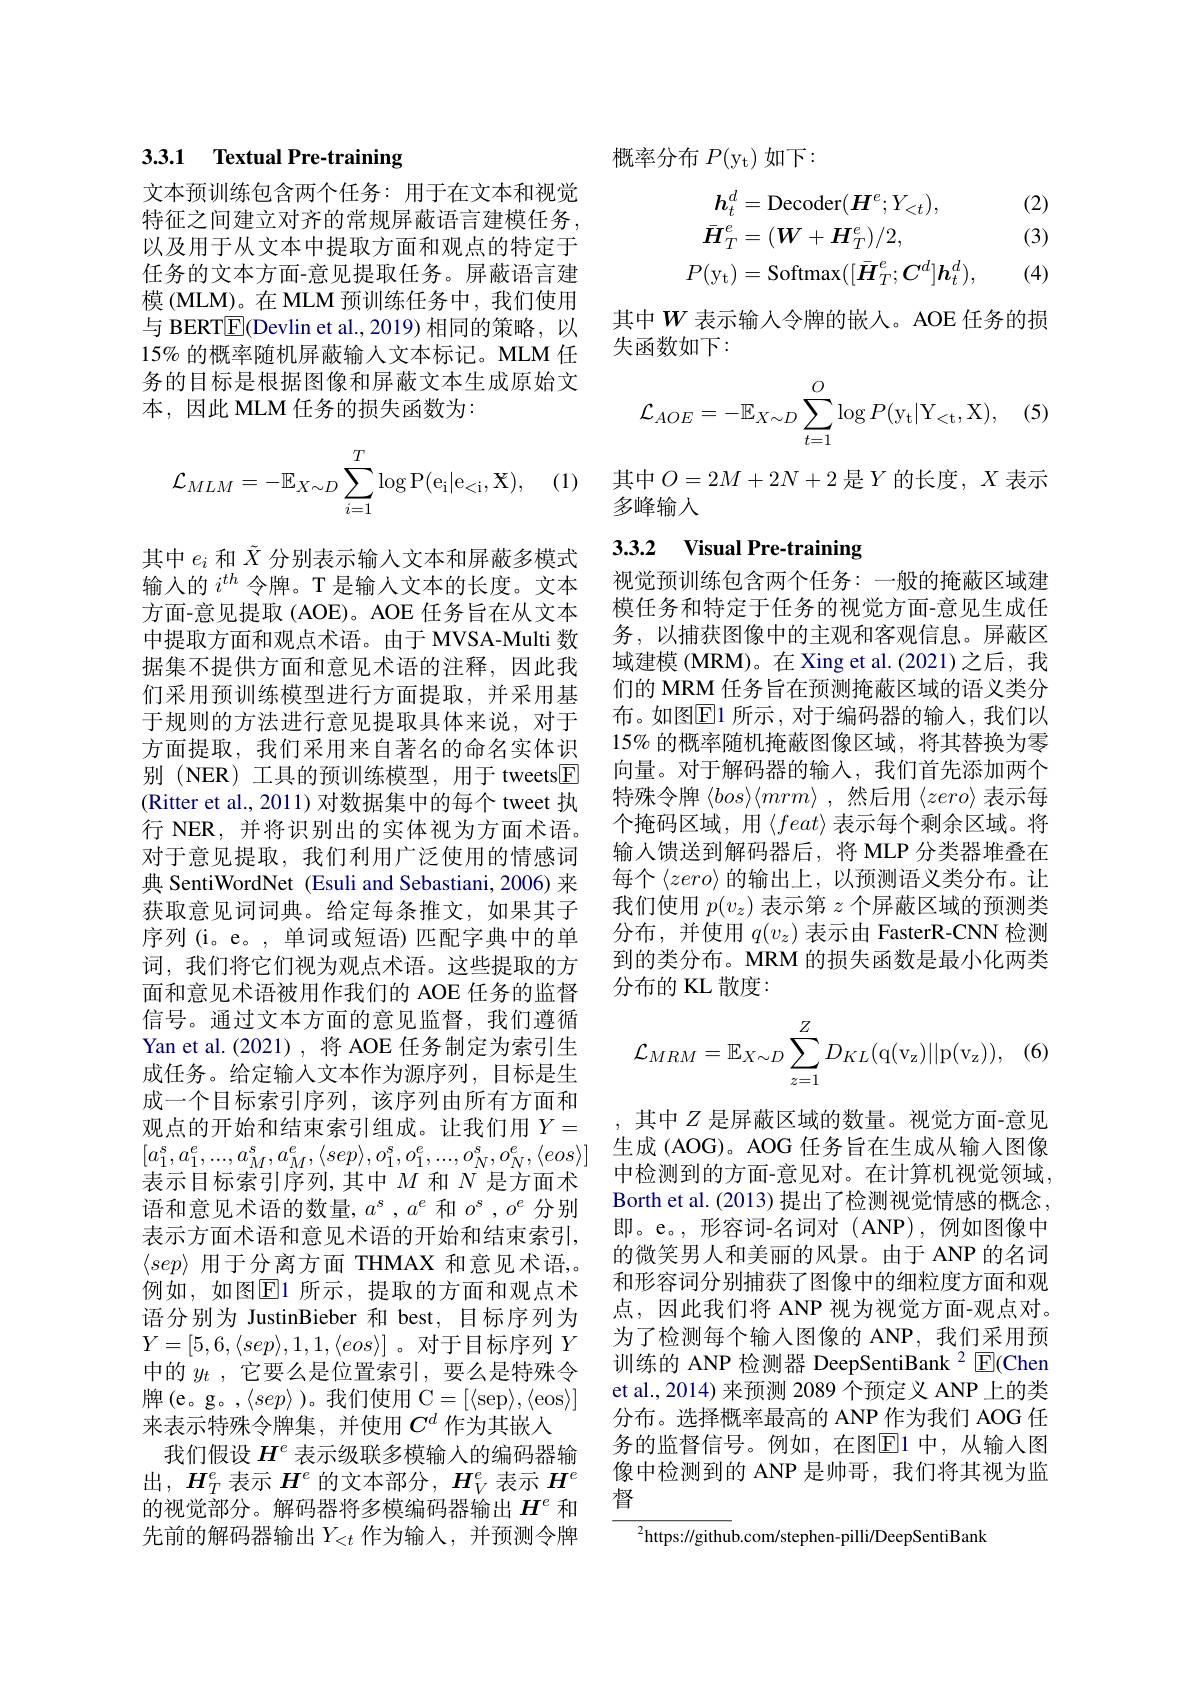
## 3.3.1 Textual Pre-training

文本预训练包含两个任务：用于在文本和视觉特征之间建立对齐的常规屏蔽语言建模任务， 以及用于从文本中提取方面和观点的特定于任务的文本方面-意见提取任务。屏蔽语言建模 (MLM)。在 MLM 预训练任务中，我们使用与 BERT$\overline{\mathbb{E}}($Devlin et al.,2019)相同的策略，以15% 的概率随机屏蔽输入文本标记。MLM 任务的目标是根据图像和屏蔽文本生成原始文本，因此 MLM 任务的损失函数为：
$$\mathcal{L}_{MLM}=-\mathbb{E}_{X\sim D}\sum_{i=1}^{T}\log\mathrm{P(e_i|e_{<i},X)},$$
(1)其 中 $O= 2M+ 2N+ 2$ 是 $Y$ 的 长 度 , $X$ 表 示 多 峰 输 入

其中$e_i$和$\tilde{X}$分别表示输入文本和屏蔽多模式输入的$i^{th}$令牌。T 是输人文本的长度。文本方面-意见提取(AOE)。AOE 任务旨在从文本中提取方面和观点术语。由于 MVSA-Multi 数据集不提供方面和意见术语的注释，因此我们采用预训练模型进行方面提取，并采用基于规则的方法进行意见提取具体来说，对于方面提取，我们采用来自著名的命名实体识别 (NER) 工具的预训练模型，用于 tweets$\boxed{\mathrm{F}}$ (Ritter et al., 2011) 对数据集中的每个 tweet 执行 NER, 并将识别出的实体视为方面术语。对于意见提取，我们利用广泛使用的情感词典 SentiWordNet (Esuli and Sebastiani, 2006) 来获取意见词词典。给定每条推文，如果其子序列(i。e。,单词或短语)匹配字典中的单词，我们将它们视为观点术语。这些提取的方面和意见术语被用作我们的 AOE 任务的监督信号。通过文本方面的意见监督，我们遵循Yan et al.(2021),将 AOE 任务制定为索引生成任务。给定输入文本作为源序列，目标是生成一个目标索引序列，该序列由所有方面和观点的开始和结束索引组成。让我们用$Y=$ $[ a_1^s, a_1^e, . . . , a_M^s, a_M^e, \langle sep\rangle , o_1^s, o_1^e, . . . , o_N^s, o_N^e, \langle eos\rangle ]$ 生成 (AOG)。AOG 任务旨在生成从输入图像
表示目标索引序列，其中$M$和$N$是方面术语和意见术语的数量，$a^s,a^e$和$o^s,o^e$分别表示方面术语和意见术语的开始和结束索引， $\langle sep\rangle$用于分离方面 THMAX 和意见术语，。例如，如图$\overline{\mathrm{E}}$1 所示，提取的方面和观点术语分别为 JustinBieber 和 best, 目标序列为$Y=[5,6,\langle sep\rangle,1,1,\langle eos\rangle]$。对于目标序列$Y$ 中的$y_t$ ,它要么是位置索引，要么是特殊令牌(e。g。,$\langle sep\rangle)。我们使用 C=[\langle sep\rangle,\langle eos\rangle]$ 来表示特殊令牌集，并使用$C^d$作为其嵌入
我们假设$H^e$表示级联多模输入的编码器输出，$H_T^e$表示$H^e$的文本部分，$H_V^e$表示$H^e$ 的视觉部分。解码器将多模编码器输出$H^e$ 和先前的解码器输出$Y_<t$ 作为输入，并预测令牌

概率分布$P( y_t)$如下：

(2) (3)
$$\begin{aligned}\boldsymbol{h}_{t}^{d}&=\mathrm{Decoder}(\boldsymbol{H}^{e};Y_{<t}),\\\bar{\boldsymbol{H}}_{T}^{e}&=(\boldsymbol{W}+\boldsymbol{H}_{T}^{e})/2,\\P(\mathrm{y}_{\mathrm{t}})&=\mathrm{Softmax}([\bar{\boldsymbol{H}}_{T}^{e};\boldsymbol{C}^{d}]\boldsymbol{h}_{t}^{d}),\end{aligned}$$
(4)

其中$W$ 表示输入令牌的嵌人。AOE 任务的损
失函数如下：
$$\mathcal{L}_{AOE}=-\mathbb{E}_{X\sim D}\sum_{t=1}^{O}\log P(\mathrm{y_{t}}|\mathrm{Y_{<t}},\mathrm{X}),$$
### 3.3.2 Visual Pre-training

视觉预训练包含两个任务：一般的掩蔽区域建模任务和特定于任务的视觉方面-意见生成任务，以捕获图像中的主观和客观信息。屏蔽区域建模 (MRM)。在 Xing et al.(2021)之后，我们的 MRM 任务旨在预测掩蔽区域的语义类分布。如图$\overline{\mathrm{E}}$1 所示，对于编码器的输入，我们以15% 的概率随机掩蔽图像区域，将其替换为零向量。对于解码器的输入，我们首先添加两个特殊令牌$\langle bos\rangle\langle mrm\rangle$ ,然后用$\langle zero\rangle$表示每个掩码区域，用$\left\langle feat\right\rangle$表示每个剩余区域。将输入馈送到解码器后，将 MLP 分类器堆叠在每个$\left\langle zero\right\rangle$的输出上，以预测语义类分布。让我们使用$p(v_z)$表示第$z$个屏蔽区域的预测类分布，并使用$q(v_z)$表示由 FasterR-CNN 检测到的类分布。MRM 的损失函数是最小化两类分布的 KL 散度：
$$\mathcal{L}_{MRM}=\mathbb{E}_{X\sim D}\sum_{z=1}^{Z}D_{KL}(\mathrm{q(v_z)||p(v_z))},$$
其中$Z$是屏蔽区域的数量。视觉方面-意见中检测到的方面-意见对。在计算机视觉领域， Borth et al. (2013) 提出了检测视觉情感的概念， 即。e。,形容词-名词对(ANP),例如图像中的微笑男人和美丽的风景。由于 ANP 的名词和形容词分别捕获了图像中的细粒度方面和观点，因此我们将 ANP 视为视觉方面-观点对。为了检测每个输入图像的 ANP,我们采用预训练的 ANP 检测器 DeepSentiBank $^{2}$ E(Chen et al., 2014) 来预测 2089 个预定义 ANP 上的类分布。选择概率最高的 ANP 作为我们 AOG 任务的监督信号。例如，在图E1 中，从输入图像中检测到的 ANP 是帅哥，我们将其视为监督
${^{2}\text{https://github.com/stephen-pilli/DeepSentiBank}}$